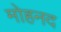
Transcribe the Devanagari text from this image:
मोहनद